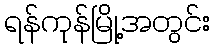
ရန်ကုန်မြို့အတွင်း